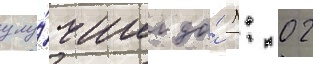
улу́чшил до́ 1: 02